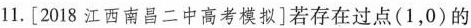
11.[2018江西南昌二中高考模拟]若存在过点(1，0)的